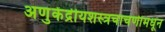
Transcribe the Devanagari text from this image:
अणुकेंद्रीयशस्‍त्रचाचणीमधून